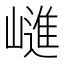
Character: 𭗝